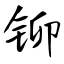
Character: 铆